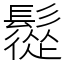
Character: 䰌